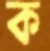
ক